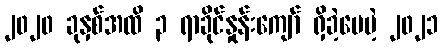
၂၀၂၀ ခုနှစ်အထိ ၃ ရာခိုင်နှုန်းကျော် ရှိခဲ့ပေမဲ့ ၂၀၂၁